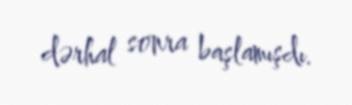
dərhal sonra başlamışdı.